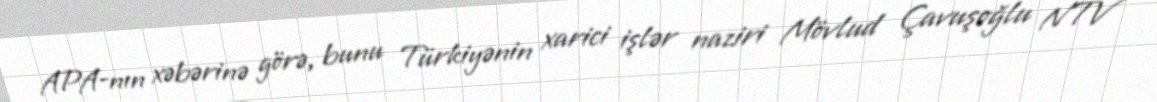
APA-nın xəbərinə görə, bunu Türkiyənin xarici işlər naziri Mövlud Çavuşoğlu NTV